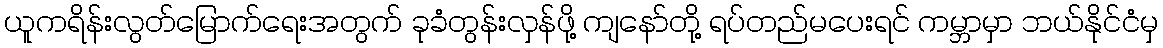
ယူကရိန်းလွတ်မြောက်ရေးအတွက် ခုခံတွန်းလှန်ဖို့ ကျနော်တို့ ရပ်တည်မပေးရင် ကမ္ဘာမှာ ဘယ်နိုင်ငံမှ